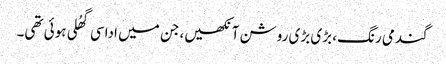
گندمی رنگ، بڑی بڑی روشن آنکھیں، جن میں اداسی گھُلی ہوئی تھی۔